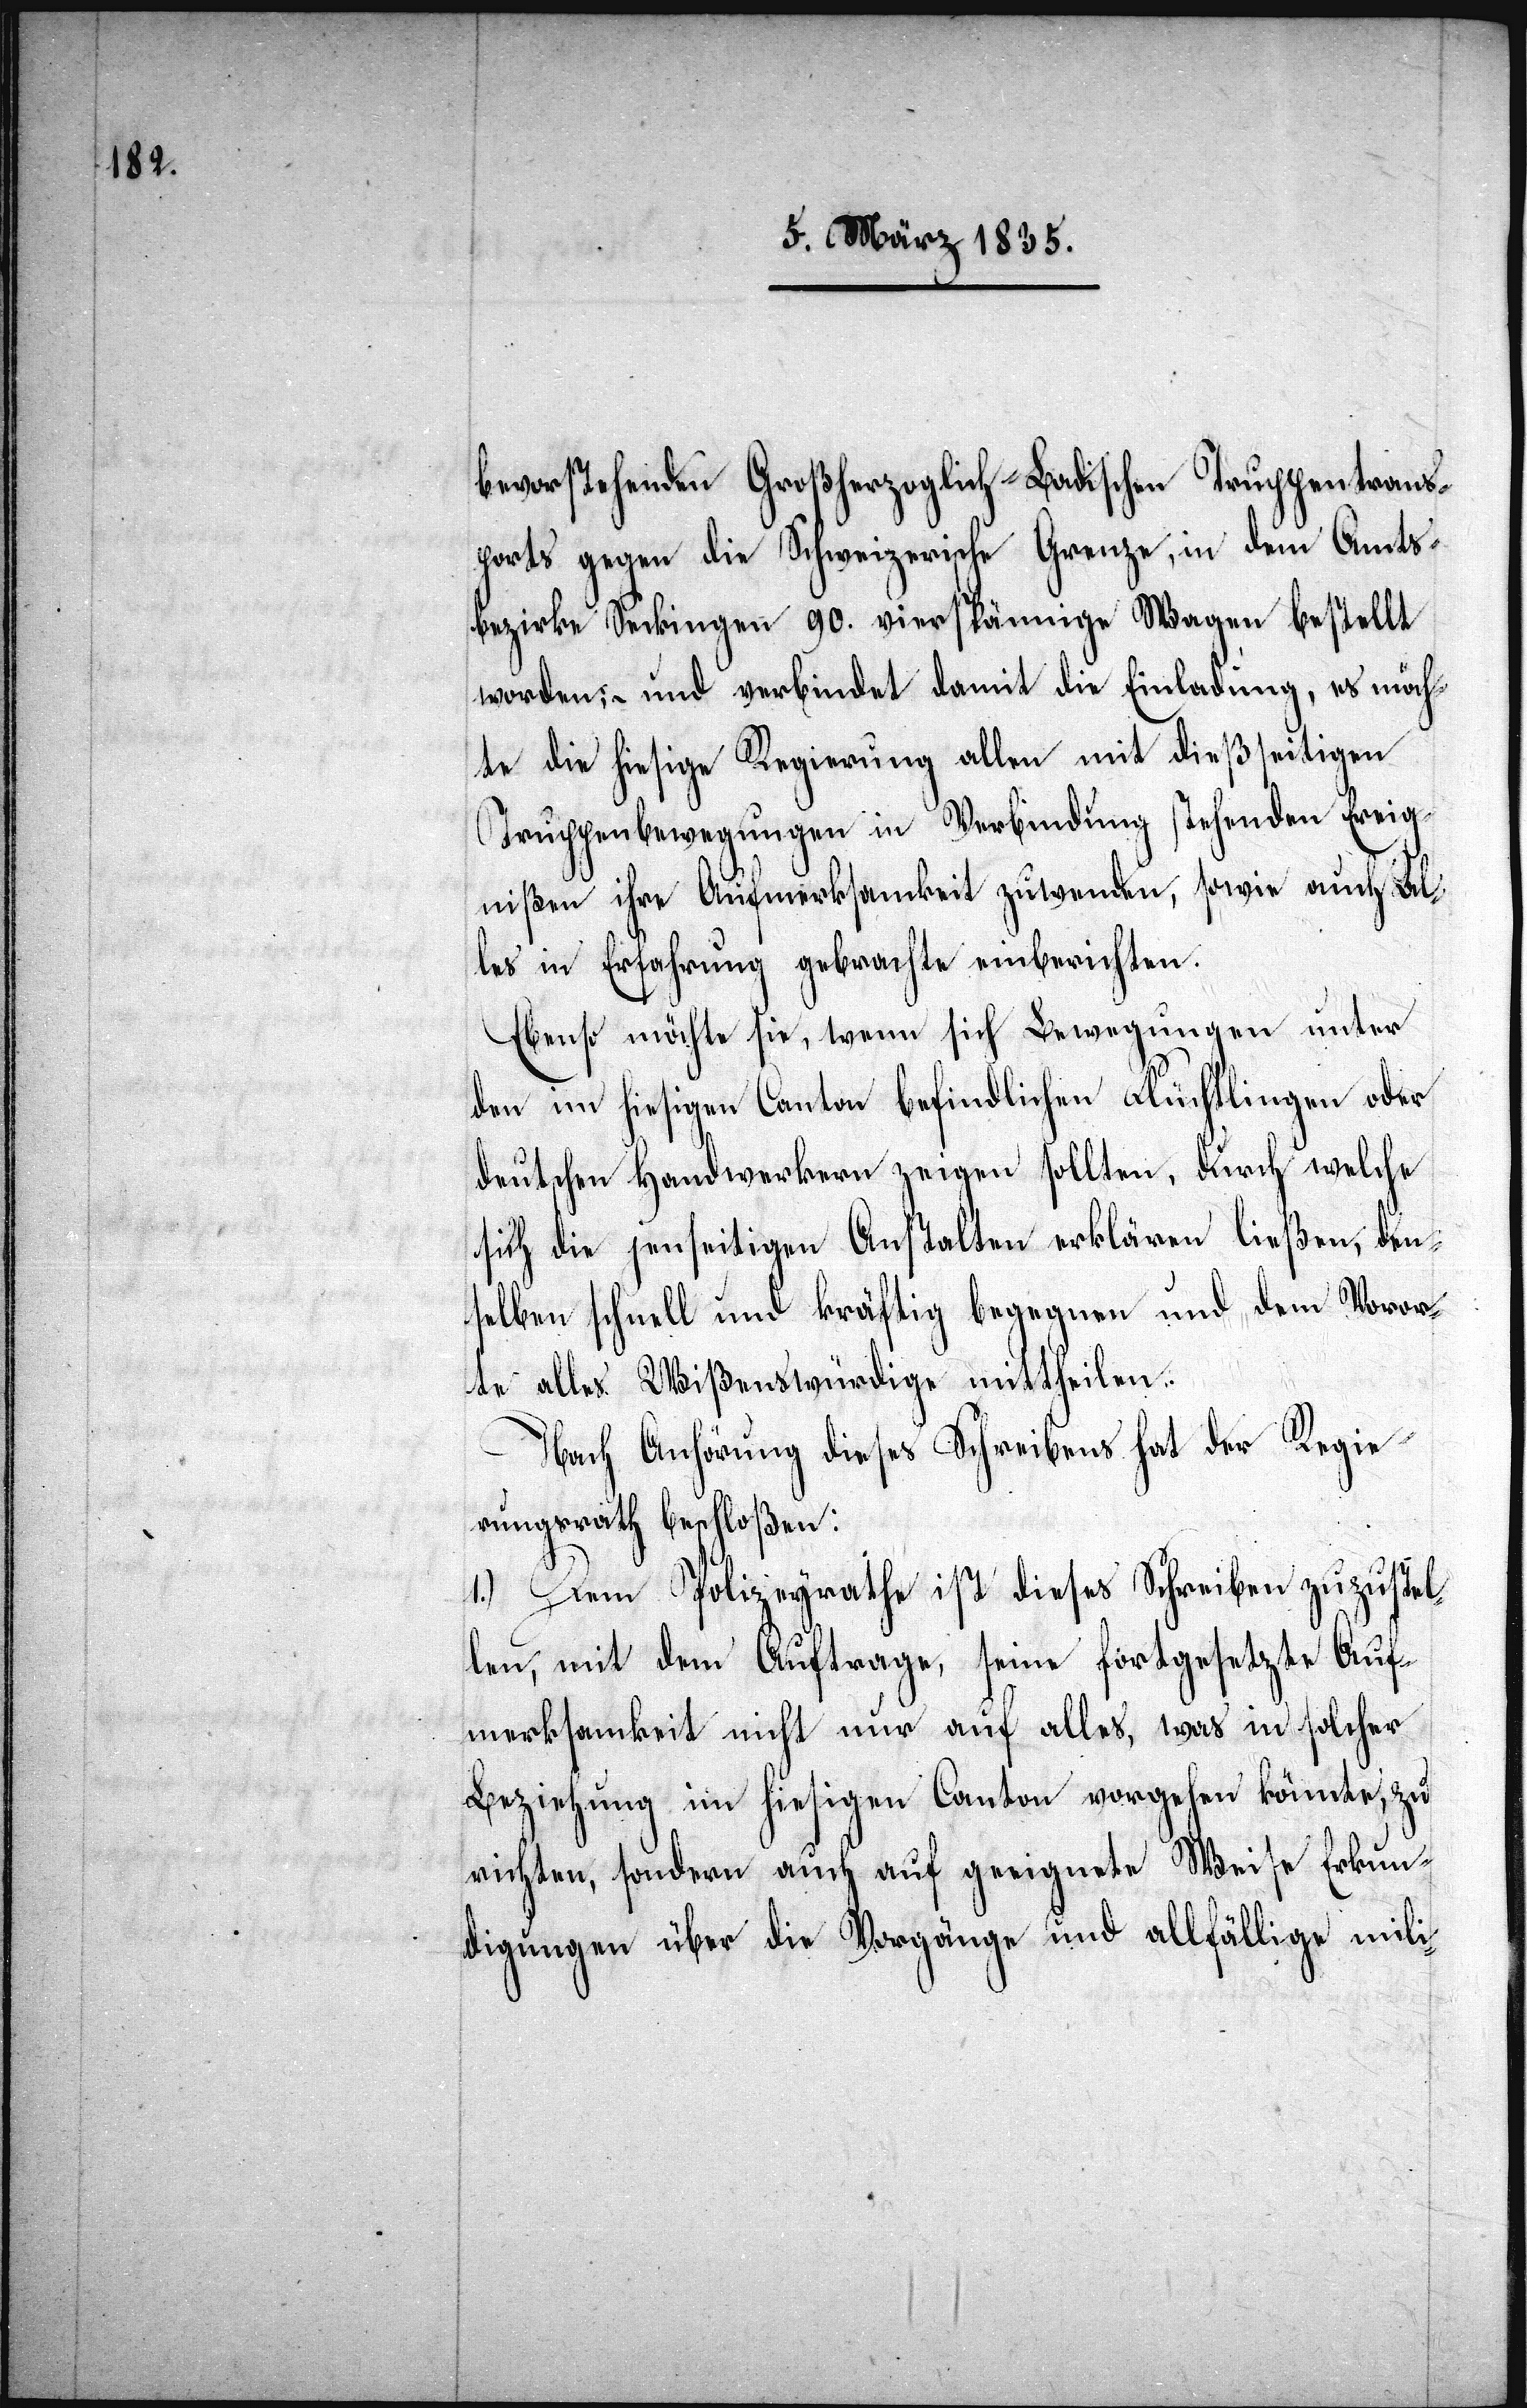
bevorstehenden Großherzoglich-Badischen Truppentrans¬
ports gegen die Schweizerische Grenze, in dem Amts¬
bezirke Seckingen 90. vierspännige Wagen bestellt
worden; – und verbindet damit die Einladung, es möch¬
te die hiesige Regierung allen mit dießseitigen
Truppenbewegungen in Verbindung stehenden Ereig¬
nißen ihre Aufmerksamkeit zuwenden, sowie auch Al¬
les in Erfahrung gebrachte einberichten.
Ebenso möchte sie, wenn sich Bewegungen unter
den im hiesigen Canton befindlichen Flüchtlingen oder
deutschen Handwerkern zeigen sollten, durch welche
sich die jenseitigen Anstalten erklären ließen, den¬
selben schnell und kräftig begegnen und dem Voror¬
te alles Wißenswürdige mittheilen.
Nach Anhörung dieses Schreibens hat der Regie¬
rungsrath beschloßen:
1.) Dem Polizeyrathe ist dieses Schreiben zuzustel¬
len, mit dem Auftrage, seine Fortgesetzte Auf¬
merksamkeit nicht nur auf alles, was in solcher
Beziehung im hiesigen Canton vorgehen könnte, zu
richten, sondern auch auf geeignete Weise Erkun¬
digungen über die Vorgänge und allfällige mili-